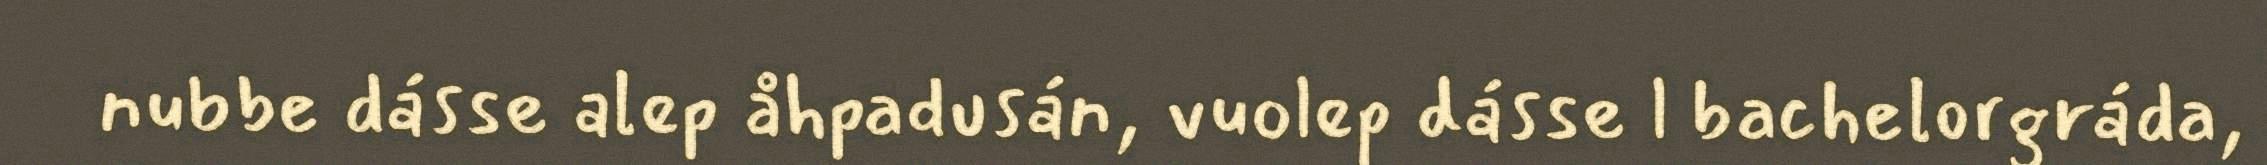
nubbe dásse alep åhpadusán, vuolep dásse l bachelorgráda,